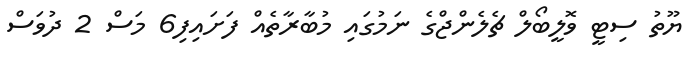
ޔޫތު ސިޓީ ވޮލީބޯލް ޗެލެންޖްގެ ނަމުގައި މުބާރާތެއް ފަށައިފި6 މަސް 2 ދުވަސް